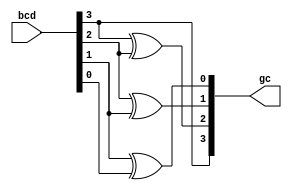
module bcdToGc_gate (bcd,gc);
    input [3:0] bcd;
    output [3:0] gc;
    buf b1(gc[3], bcd[3]);
    xor x3(gc[2],bcd[3],bcd[2]);
    xor x2(gc[1],bcd[2],bcd[1]); 
    xor x1(gc[0],bcd[1],bcd[0]); 
endmodule

module bcdToGc_df (bcd, gc);
    input [3:0] bcd;
    output [3:0] gc;
    assign gc[3] = bcd[3];
    assign gc[2] = bcd[3] ^ bcd[2];
    assign gc[1] = bcd[2] ^ bcd[1];
    assign gc[0] = bcd[1] ^ bcd[0];
endmodule

module testbench;
    reg [3:0] bcd;
    wire [3:0] gc;
    bcdToGc_gate bg (bcd, gc);
    initial begin
        $monitor($time," bcd=%b, gc=%b",bcd,gc);
        #0 bcd = 4'b0000;
        #1 bcd = 4'b0001;
        #1 bcd = 4'b0010;
        #1 bcd = 4'b0011;
        #1 bcd = 4'b0100;
        #1 bcd = 4'b0101;
        #1 bcd = 4'b0110;
        #1 bcd = 4'b0111;
        #1 bcd = 4'b1000;
        #1 bcd = 4'b1001;
        #1 $finish;
    end
endmodule